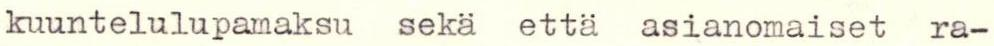
kuuntelulupamaksu sekä että asianomaiset ra-